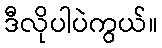
ဒီလိုပါပဲကွယ်။